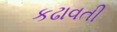
કઢાવતી